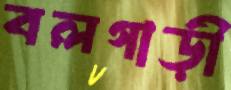
বলগাড়ী